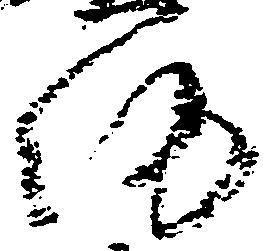
約